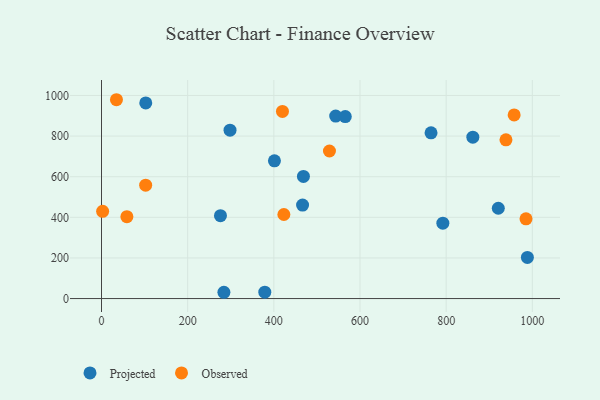
{"axis": {"x": "Engine Size", "y": "Exam Score"}, "legend": ["Observed", "Projected"], "data": [{"x": "921.0", "y": 444.6, "type": "Projected"}, {"x": "764.9", "y": 816.1, "type": "Projected"}, {"x": "988.5", "y": 202.7, "type": "Projected"}, {"x": "543.6", "y": 898.5, "type": "Projected"}, {"x": "276.1", "y": 408.3, "type": "Projected"}, {"x": "102.7", "y": 963.2, "type": "Projected"}, {"x": "466.7", "y": 460.1, "type": "Projected"}, {"x": "792.3", "y": 371.1, "type": "Projected"}, {"x": "861.9", "y": 794.6, "type": "Projected"}, {"x": "401.4", "y": 678.1, "type": "Projected"}, {"x": "565.8", "y": 896.1, "type": "Projected"}, {"x": "468.7", "y": 601.5, "type": "Projected"}, {"x": "298.3", "y": 829.2, "type": "Projected"}, {"x": "284.1", "y": 30.9, "type": "Projected"}, {"x": "379.0", "y": 31.2, "type": "Projected"}, {"x": "58.9", "y": 403.4, "type": "Observed"}, {"x": "985.3", "y": 392.8, "type": "Observed"}, {"x": "34.7", "y": 979.1, "type": "Observed"}, {"x": "2.6", "y": 429.4, "type": "Observed"}, {"x": "529.1", "y": 726.7, "type": "Observed"}, {"x": "420.0", "y": 921.7, "type": "Observed"}, {"x": "102.5", "y": 558.3, "type": "Observed"}, {"x": "423.3", "y": 413.8, "type": "Observed"}, {"x": "957.8", "y": 904.4, "type": "Observed"}, {"x": "938.8", "y": 781.4, "type": "Observed"}]}